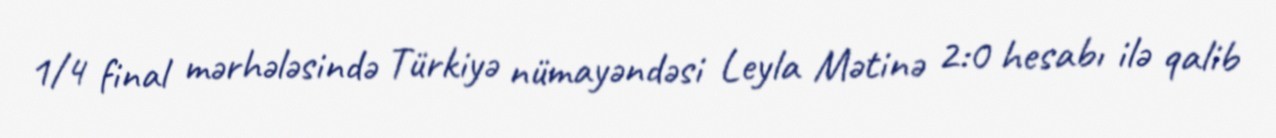
1/4 final mərhələsində Türkiyə nümayəndəsi Leyla Mətinə 2:0 hesabı ilə qalib